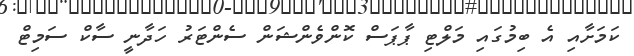
ކަމަށާއި އެ ބިމުގައި މަލްޓި ޕާޕަސް ކޮންވެންޝަން ސެންޓަރު ހަދާނީ ސާކް ސަމިޓް